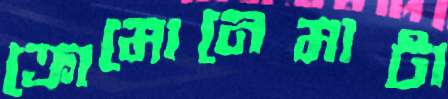
ক্রোমোনেমাটা